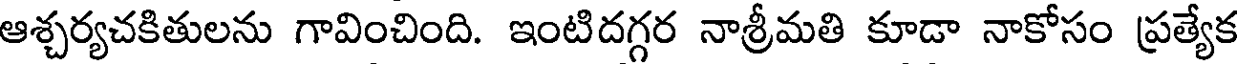
ఆశ్చర్యచకితులను గావించింది. ఇంటిదగ్గర నాశ్రీమతి కూడా నాకోసం ప్రత్యేక